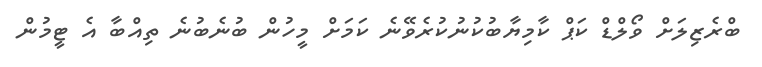
ބްރެޒިލަށް ވޯލްޑް ކަޕް ކާމިޔާބުކުނުކުރެވޭނެ ކަމަށް މީހުން ބުނެބުނެ ތިއްބާ އެ ޓީމުން